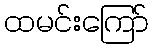
ထမင်းကြော်